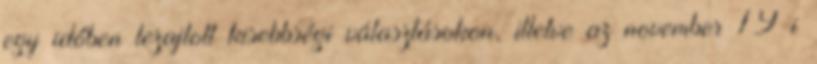
egy időben lezajlott kisebbségi választásokon, illetve az november 19-i